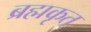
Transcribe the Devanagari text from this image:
ब्रह्मकृत्